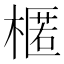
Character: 𣘗